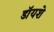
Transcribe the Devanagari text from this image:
डॉयशे